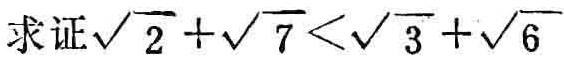
求证\(\sqrt{2}+\sqrt{7}<\sqrt{3}+\sqrt{6}\)